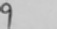
9